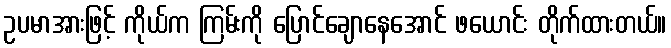
ဥပမာအားဖြင့် ကိုယ်က ကြမ်းကို ပြောင်ချောနေအောင် ဖယောင်း တိုက်ထားတယ်။